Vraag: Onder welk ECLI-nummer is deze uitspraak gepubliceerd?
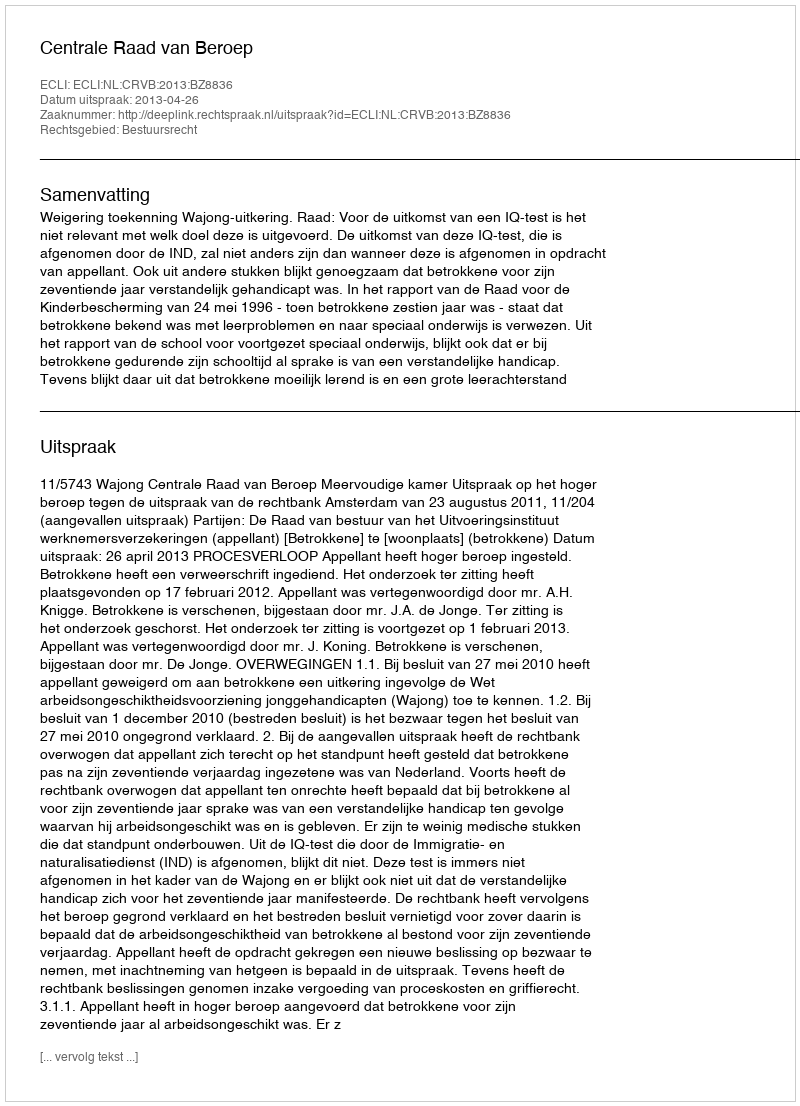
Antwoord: ECLI:NL:CRVB:2013:BZ8836